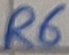
Text: R6